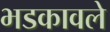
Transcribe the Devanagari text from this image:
भडकावले